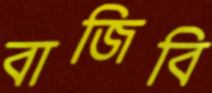
বাজিবি